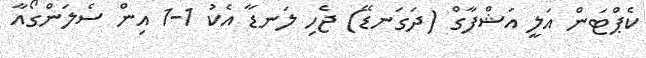
ކެޕްޓަން އަލީ އަޝްފާގް (ދަގަނޑޭ) ޖެހި ލަނޑާ އެކު 1-1 އިން ސެލަންގޯއާ